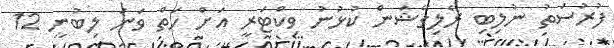
ފުރުސަތު ނުލިބި ރެލިގޭޝަން ކުޅުނު ވިކްޓަރީ އަށް ހަތް ވަނަ ލިބުނީ 12